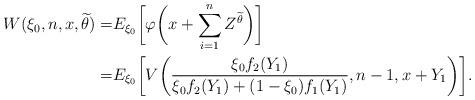
LaTeX: \begin{align*}W(\xi_0,n,x,\widetilde \theta)=&E_{\xi_0}\biggl[\varphi\biggl(x+\sum_{i=1}^n Z^{\widetilde \theta}\biggr)\biggr]\\=&E_{\xi_0}\biggl[V\biggl(\frac{\xi_0f_2(Y_1) }{\xi_0 f_2(Y_1)+(1-\xi_0)f_1(Y_1)}, n-1, x+Y_1\biggr)\biggr].\end{align*}